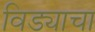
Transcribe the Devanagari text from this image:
विड्याचा